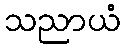
သညာယံ